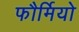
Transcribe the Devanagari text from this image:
फौर्मियो